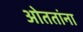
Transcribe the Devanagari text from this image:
ओततांना